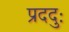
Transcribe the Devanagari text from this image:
प्रददुः